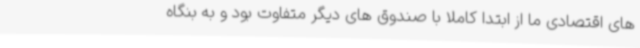
های اقتصادی ما از ابتدا کاملا با صندوق های دیگر متفاوت بود و به بنگاه